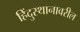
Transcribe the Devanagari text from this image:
हिंदुस्थानावरील